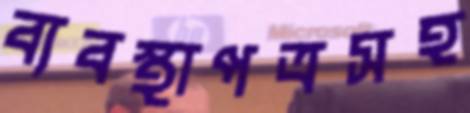
ব্যবস্থাপত্রসহ